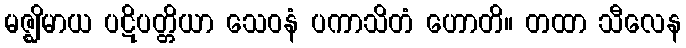
မဇ္ဈိမာယ ပဋိပတ္တိယာ သေဝနံ ပကာသိတံ ဟောတိ။ တထာ သီလေန